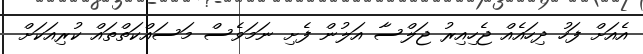
އެއަށް ފަހު ދިހައެއް ޖެހިއިރު ޖަލްސާ އަލުން ފެށި ނަމަވެސް މަސައްކަތްތައް ކުރިއަކަށް